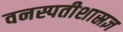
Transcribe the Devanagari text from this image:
वनस्पतीशास्रज्ञ